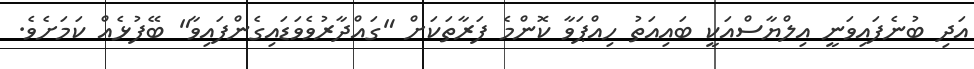
އަދި ބުނެފައިވަނީ އިލްޔާސްއަކީ ބައިއަތު ހިއްޕަވާ ކޮންމެ ފަރާތަކަށް "ގައްދާރުވެވަޑައިގެންފައިވާ" ބޭފުޅެއް ކަމަށެވެ.